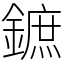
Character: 鏣